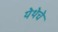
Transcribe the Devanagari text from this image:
येथेचे